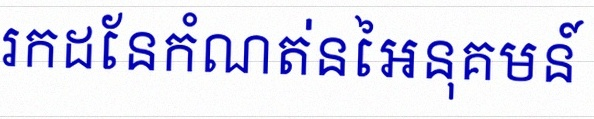
រកដែនកំណត់នៃអនុគមន៍